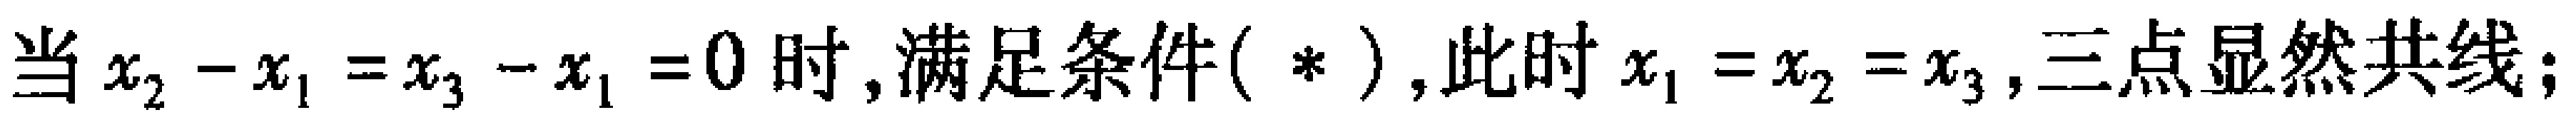
当$x_{2}-x_{1}=x_{3}-x_{1}=0$时,满足条件($*$),此时$x_{1}=x_{2}=x_{3}$,三点显然共线；